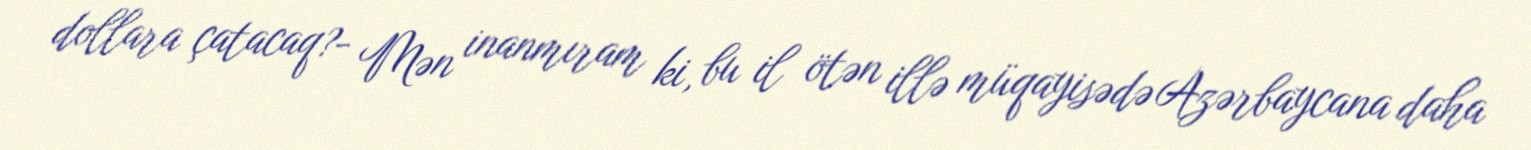
dollara çatacaq?- Mən inanmıram ki, bu il ötən illə müqayisədə Azərbaycana daha